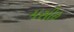
મસીહ